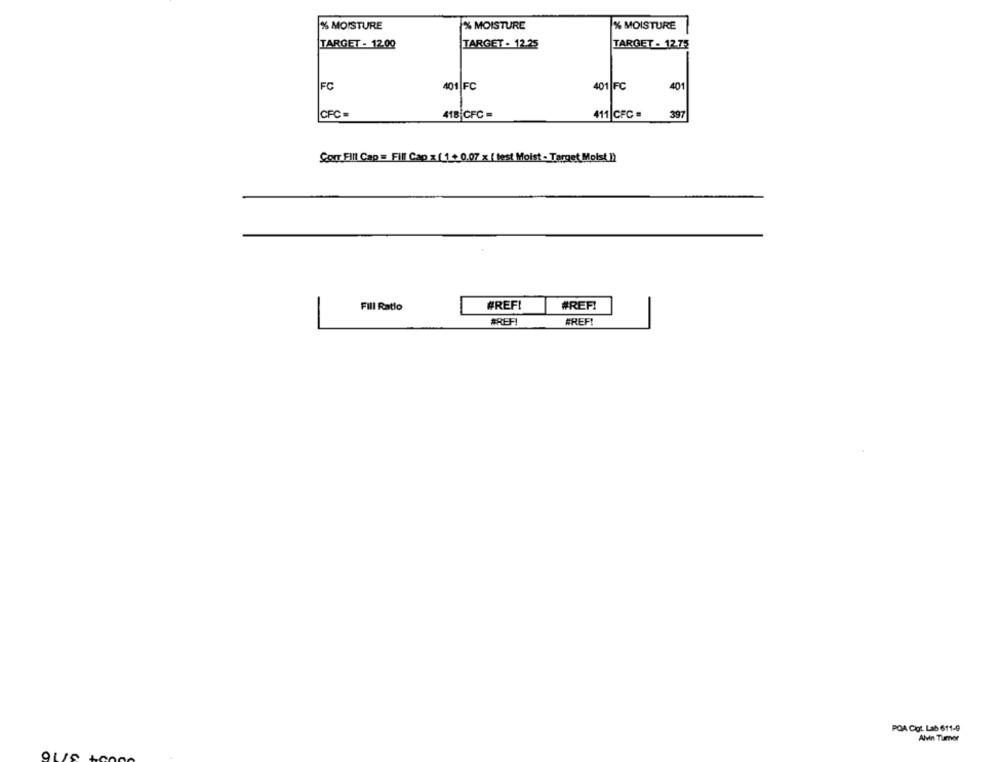
% MOISTURE
% MOISTURE
% MOISTURE
TARGET - 12.00
TARGET - 12.25
TARGET - 12.75
FC
401|FC
401 FC
401
CFC =
418 CFC -
411 CFC =
391
Con Elll Cap = Fill Cap x ( 1 + 0.07 x ( test Moist - Target Moist 1)
#REFI
Fill Ratio
#REF!
#REF
#REF!
POA Cigt. Lab 611-9
Alvin Timer